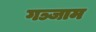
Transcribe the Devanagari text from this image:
गञ्जाम